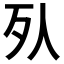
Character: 𣦹